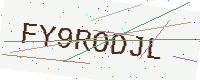
Text: FY9RODJL